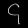
Digit: ၄